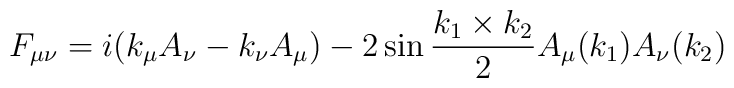
F_{\mu \nu} = i (k_{\mu} A_{\nu} - k_{\nu} A_{\mu}) - 2 \sin \frac{k_1 \times k_2}{2} A_{\mu} (k_1) A_{\nu} (k_2)